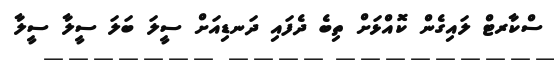
ސްކާރޓް ލައިގެން ކޮއްޅަށް ތިބެ ދެފައި ދަނޑިއަށް ސީލަ ބަލަ ސީލާ ސީލާ